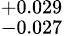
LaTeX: ^{+0.029}_{-0.027}